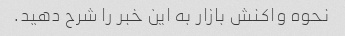
نحوه واکنش بازار به این خبر را شرح دهید.